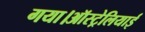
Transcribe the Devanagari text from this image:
गया।ऑस्ट्रेलियाई